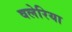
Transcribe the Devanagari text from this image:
वलेरिया